Account of plague administration in the Bombay Presidency from September 1896 till May 1897
Year: 1896
Disease focus: Plague
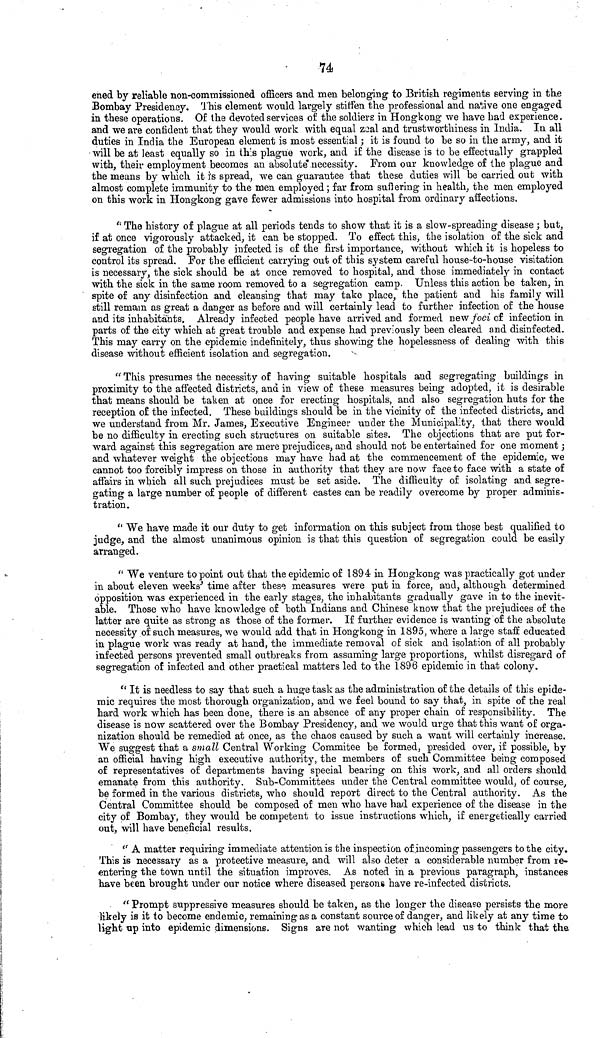
74
ened by reliable non-commissioned officers and men belonging to British regiments serving in the
Bombay Presidenny. This clement would largely stiffen the professional and native one engaged
in these operations. Of the devoted services of the soldiers in Hongkong we have had experience.
and we are confident that they would work with equal zeal and trustworthiness in India. In all
duties in India the European element is most essential ; it is found to be so in the army, and it
will be at least equally so in this plague work, and i£ the disease is to be effectually grappled
with, their employment becomes an absolute necessity. From our knowledge of the plague and
the means by which it is spread, we can guarantee that these duties will be carried out with
almost complete immunity to the men employed ; far from suffering in health, the men employed
on this work in Hongkong gave fewer admissions into hospital from ordinary affections.
"The history of plague at all periods tends to show that it is a slow-spreading disease ; but,
if at once vigorously attacked, it can be stopped. To effect this, the isolation of the sick and
segregation of the probably infected is of the first importance, without which it is hopeless to
control its spread. For the efficient carrying out of this system careful house-to-house visitation
is necessary, the sick should be at once removed to hospital, and those immediately in contact
with the sick in the same room removed to a segregation camp. Unless this action be taken, in
spite of any disinfection and cleansing that may take place, the patient and his family will
still remain as great a danger as before and will certainly lead to further infection of the house
and its inhabitants. Already infected people have arrived and formed new foci of infection in
parts of the city which at great trouble and expense had previously been cleared and disinfected.
This may carry on the epidemic indefinitely, thus showing the hopelessness of dealing with this
disease without efficient isolation and segregation.
"This presumes the necessity of having suitable hospitals and segregating buildings in
proximity to the affected districts, and in view of these measures being adopted, it is desirable
that means should be taken at once for erecting hospitals, and also segregation huts for the
reception of the infected. These buildings should be in the vicinity of the infected districts, and
we understand from Mr. James, Executive Engineer under the Municipality, that there would
be no difficulty in erecting such structures on suitable sites. The objections that are put for-
ward against this segregation are mere prejudices, and should not be entertained for one moment ;
and whatever weight the objections may have had at the commencement of the epidemic, we
cannot too forcibly impress on those in authority that they are now face to face with a state of
affairs in which all such prejudices must be set aside. The difficulty of isolating and segre-
gating a large number of people of different castes can be readily overcome by proper adminis-
tration.
"We have made it our duty to get information on this subject from those best qualified to
judge, and the almost unanimous opinion is that this question of segregation could be easily
arranged.
"We venture to point out that the epidemic of 1894 in Hongkong was practically got under
in about eleven weeks' time after these measures were put in force, and, although determined
opposition was experienced in the early stages, the inhabitants gradually gave in to the inevit-
able. Those who have knowledge of both Indians and Chinese know that the prejudices of the
latter are quite as strong as those of the former. If further evidence is wanting of the absolute
necessity of such measures, we would add that in Hongkong in 1895, where a large staff educated
in plague work was ready at hand, the immediate removal of sick and isolation of all probably
infected persons prevented small outbreaks from assuming large proportions, whilst disregard of
segregation of infected and other practical matters led to the 1896 epidemic in that colony.
"It is needless to say that such a huge task as the administration of the details of this epide-
mic requires the most thorough organization, and we feel bound to say that, in spite of the real
hard work which has been done, there is an absence of any proper chain of responsibility. The
disease is now scattered over the Bombay Presidency, and we would urge that this want of orga-
nization should be remedied at once, as the chaos caused by such a want will certainly increase.
We suggest that a small Central Working Commitee be formed, presided over, if possible, by
an official having high executive authority, the members of such Committee being composed
of representatives of departments having special bearing on this work, and all orders should
emanate from this authority. Sub-Committees under the Central committee would, of course,
be formed in the various districts, who should report direct to the Central authority. As the
Central Committee should be composed of men who have had experience of the disease in the
city of Bombay, they would be competent to issue instructions which, if energetically carried
out, will have beneficial results.
"A matter requiring immediate attention is the inspection of incoming passengers to the city.
This is necessary as a protective measure, and will also deter a considerable number from re-
entering the town until the situation improves. As noted in a previous paragraph, instances
have been brought under our notice where diseased persons have re-infected districts.
"Prompt suppressive measures should be taken, as the longer the disease persists the more
likely is it to become endemic, remaining as a constant source of danger, and likely at any time to
light up into epidemic dimensions. Signs are not wanting which lead us to think that the